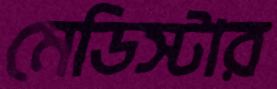
মেডিস্টার